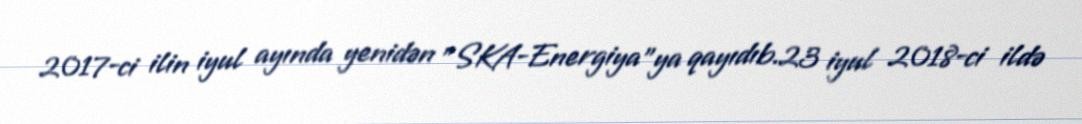
2017-ci ilin iyul ayında yenidən "SKA-Energiya"ya qayıdıb.23 iyul 2018-ci ildə